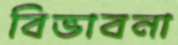
বিভাবনা